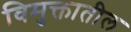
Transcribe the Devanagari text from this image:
विमुक्तातील